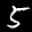
Label: 5